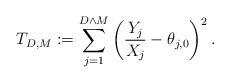
\begin{align*}T_{D,M}:=\sum_{j=1}^{D \wedge M}\left( \frac{Y_j}{X_j}-\theta_{j,0}\right)^2.\end{align*}